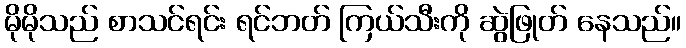
မိုမိုသည် စာသင်ရင်း ရင်ဘတ် ကြယ်သီးကို ဆွဲဖြုတ် နေသည်။